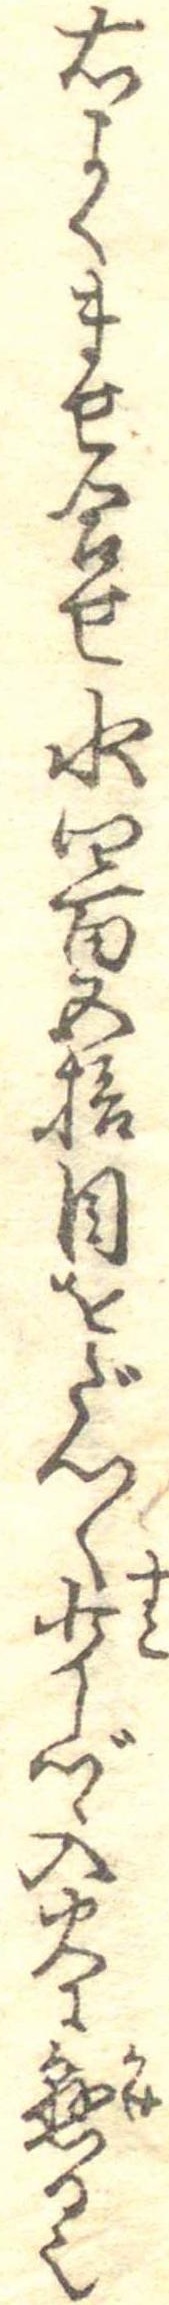
右よくませ合せ水四百五拾目をだん〱少しづゝ入火に懸る也